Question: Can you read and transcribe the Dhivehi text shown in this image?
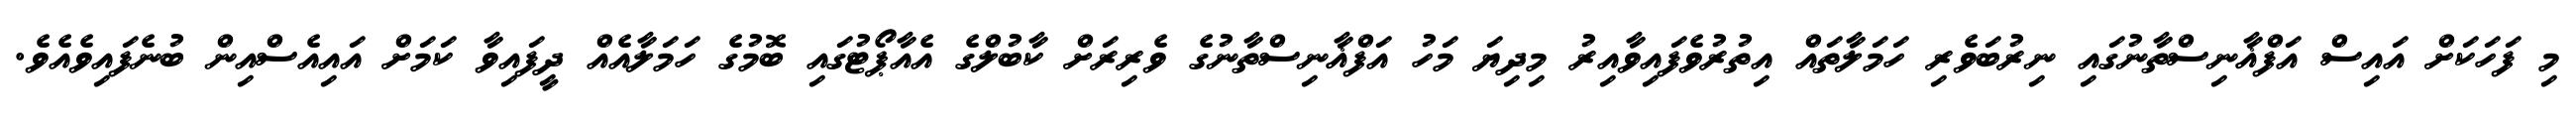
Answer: މި ފަހަކަށް އައިސް އަފްޣާނިސްތާނުގައި ނިރުބަވެރި ހަމަލާތައް އިތުރުވެފައިވާއިރު މިދިޔަ މަހު އަފްޣާނިސްތާނުގެ ވެރިރަށް ކާބުލްގެ އެއާޕޯޓުގައި ބޮމުގެ ހަމަލާއެއް ދީފައިވާ ކަމަށް އައިއެސްއިން ބުނެފައިވެއެވެ.